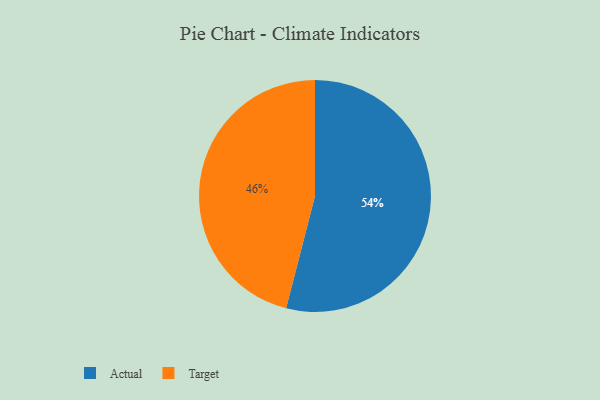
{"axis": {"x": "Category", "y": "Percentage"}, "legend": ["Actual", "Target"], "data": [{"x": "Actual", "y": 54, "type": "Actual"}, {"x": "Target", "y": 46, "type": "Target"}]}